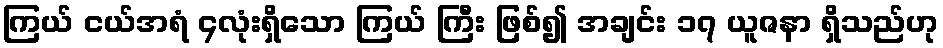
ကြယ် ငယ်အရံ ၄လုံးရှိသော ကြယ် ကြီး ဖြစ်၍ အချင်း ၁၇ ယူဇနာ ရှိသည်ဟု